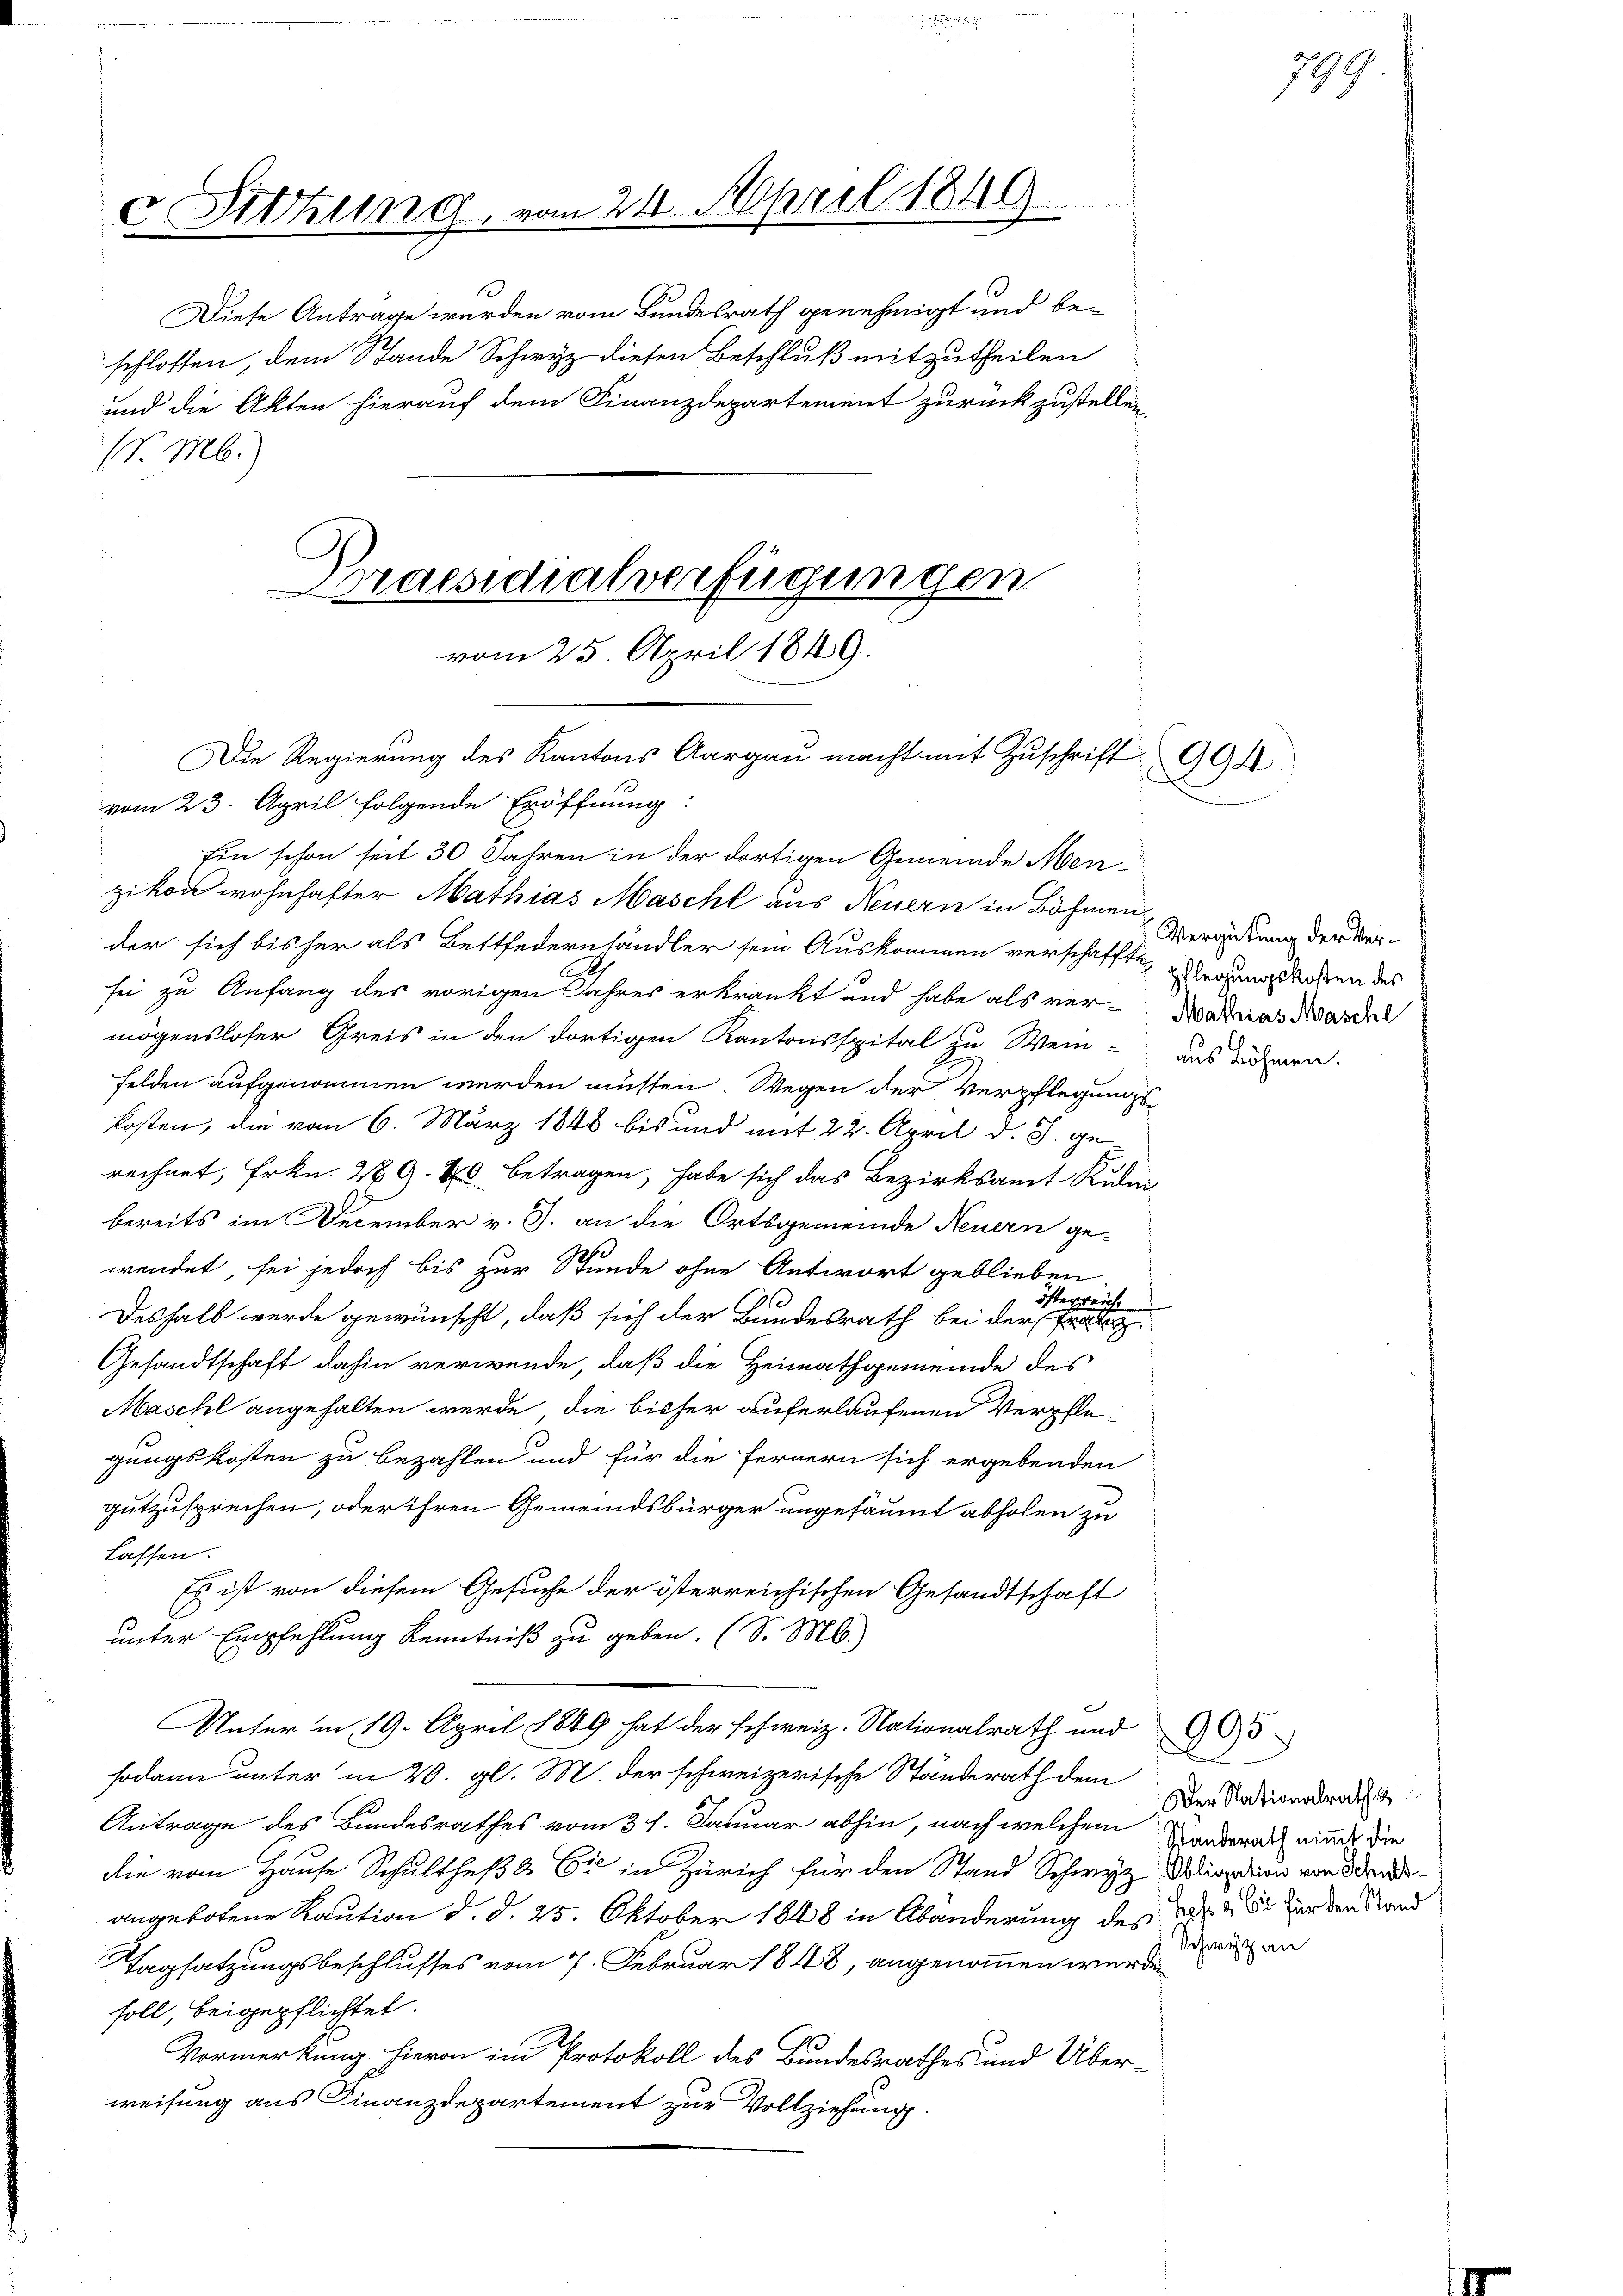
c Sitzung, vom 21. April 1849.

und die Akten hierauf dem Finanzdepartement zurückzustellen.
S. M.)

Praesidialverfügungen
vom 25. April 1849.

Die Regierung des Kantons Aargau macht mit Zuschrift 994.

vom 23. April folgende Eröffnung.
Ein schon seit 30 Jahren in der dortigen Gemeinde Menzikon wohnhafter Mathias Mascht aus Neuern in Böhmen
der sich bisher als Bettfedernhändler sein Auskommen verschaffte, herungskosten des
sei zu Anfang des vorigen Jahres erkränkt und habe als ver-Matrias Waschl
mögensloser Greis in den dortigen Kantonsspital zu Wein- das näheren.
Felden aufgenommen werden müssen. Wegen der Verpflegungskosten, die vom 6. März 1848 bis und mit 22. April d. J. ge-
rechnet, Frkn. 289. 10. betragen, habe sich das Bezirksamt Kin
bereits im December v. 3. an die Ortsgemeinde Neuern ge-
wendet, sei jedoch bis zur Stunde ohne Antwort geblieben
österreich.
Deshalb werde gewünscht, daß sich der Bundesrath bei der Pate
Gesandtschaft dahin verwende, daß die Heimathgemeinde des
Maschl angehalten werde, die bisher auferlaufenen Verpflegungskosten zu bezahlen und für die Fernern sich ergebenden
gutzusprechen, oder ihren Gemeindsbürger ungesäumt abholen zu
lassen.
Es ist von diesem Gesuche der österreichischen Gesandtschaft
unter Empfehlung Kenntniß zu geben. (S. M.)
Unter in 19. April 1849 hat der schweiz. Nationalrath und 905
sodann unter in 20. gl. M. der schweizerische Ständerath dem
Antrage des Bundesrathes vom 31. Januar abhin, nach welchem Sonderath eine die
die vom Hause Schultheß & Cie in Zürich für den Stand Schwyz dation von Brud
angebotene Kaution d. d. 25. Oktober 1848 in Abänderung des das für den Stand
Tagsatzungsbeschlusses vom 7. Februar 1848, angenommen wurde
soll, beigepflichtet.
Vormerkung hievon im Protokoll des Bundesrathes und Über-
weisung aus Finanzdepartement zur Vollziehung.

Diese Antrage wurden vom Bundesrath genehmigt und beschlossen, dem Stande Schwyz diesen Beschluß mitzutheilen

Vergütung der Ver¬

Der Nationalrath &
Schwyz an

799